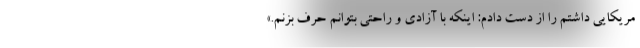
مریکایی داشتم را از دست دادم: اینکه با آزادی و راحتی بتوانم حرف بزنم.»